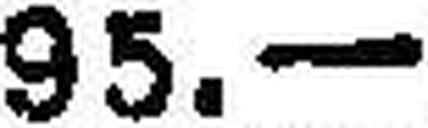
95.—